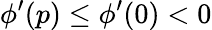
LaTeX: \phi^{\prime}(p)\leq\phi^{\prime}(0)<0